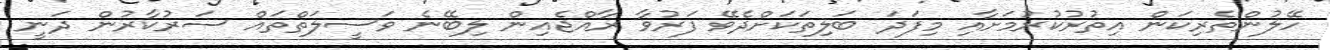
ހޭލުންތެރިކަން އިތުރުކުރުމަށާއި މިފަދަ ބަލިތަކަށްދެވޭ ފަރުވާ ރާއްޖެއިން ލިބޭނެ ވަސީލަތްތައް ސަރުކާރުން ދަނީ